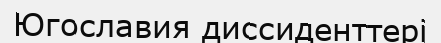
Югославия диссиденттері